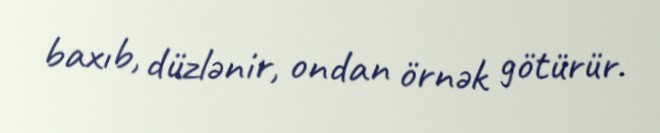
baxıb, düzlənir, ondan örnək götürür.